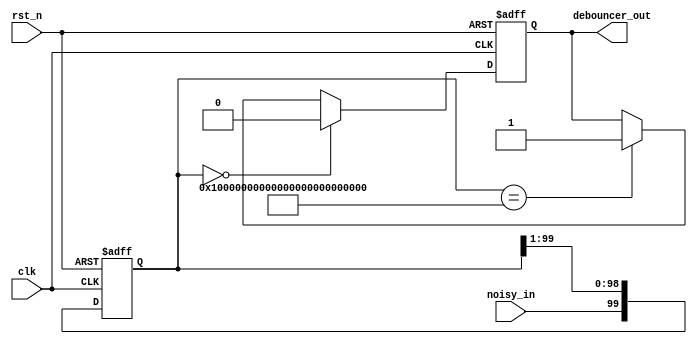
module debouncer_2 #(parameter num_delay_clks = 100)(
	input wire clk,
	input wire rst_n,
	input wire noisy_in,
	output reg debouncer_out);

reg [num_delay_clks-1:0] Q_reg;

always @ (posedge clk or negedge rst_n) 
begin
	if(!rst_n) begin
		debouncer_out <= 1'b0;
		Q_reg <= 'b0;
		
	end else begin
		Q_reg <= {noisy_in,Q_reg[num_delay_clks-1:1]};
		if(Q_reg == 'b0)
			debouncer_out <= 1'b0;
		else if (Q_reg == 'hFFFFFFFFFFFFFFFFFFFFFFFFF)
			debouncer_out <= 1'b1;
	end
end
endmodule